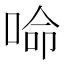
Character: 𠵴